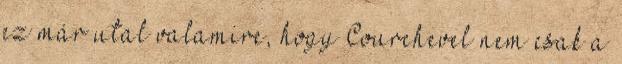
ez már utal valamire, hogy Courchevel nem csak a